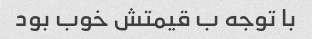
با توجه ب قیمتش خوب بود